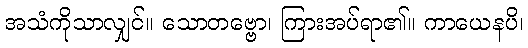
အသံကိုသာလျှင်။ သောတဗ္ဗော၊ ကြားအပ်ရာ၏။ ကာယေနပိ၊